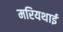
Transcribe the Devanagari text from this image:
मरियथाई